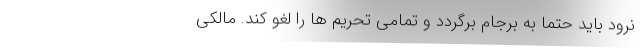
نرود باید حتما به برجام برگردد و تمامی تحریم ها را لغو کند. مالکی